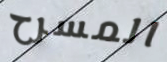
المسرح